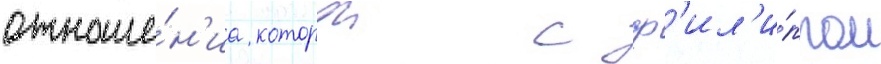
отноше́н'иа которои с ф'ил'и́ппом